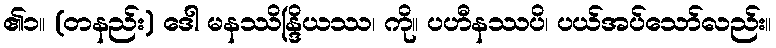
၏၁။ (တနည်း) ဒေါ မနဿိန္ဒြိယဿ၊ ကို။ ပဟီနဿပိ၊ ပယ်အပ်သော်လည်း။